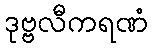
ဒုဗ္ဗလီကရဏံ